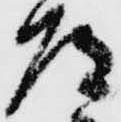
道